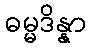
ဓမ္မဒိန္နာ